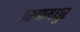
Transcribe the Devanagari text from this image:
करुणमधुर